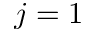
j = 1